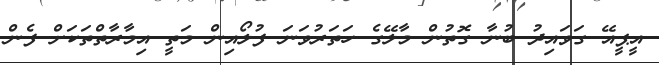
އީޕީއޭ ގަވައިދު ބުނާ ގޮތުން މާލޭގެ ހަތަރުވަނަ ފުލޯއިން މަތީ އިމާރާތްތަކަށް ފެން